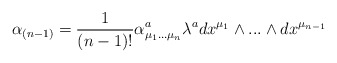
\begin{align*}\alpha_{(n-1)}= {1 \over (n-1)!} \alpha^{a}_{\mu_{1}...\mu_{n}} \lambda^{a}dx^{\mu_{1}} \wedge...\wedge dx^{\mu_{n-1}}\end{align*}